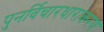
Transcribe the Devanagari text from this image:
पुनर्विचारधाराकरण